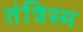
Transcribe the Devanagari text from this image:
तंत्रिस्म